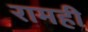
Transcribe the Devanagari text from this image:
रामही